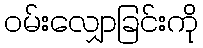
ဝမ်းလျှောခြင်းကို